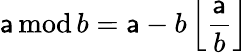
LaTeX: \mathsf{a}\, \mathrm{{mod}}\, b=\mathsf{a}-b\left\lfloor{\frac{{\mathsf{a}}}{{b}}}\right\rfloor